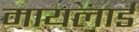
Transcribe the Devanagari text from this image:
मायलार्ड